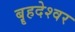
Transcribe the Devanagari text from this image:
बॄहदेश्वर